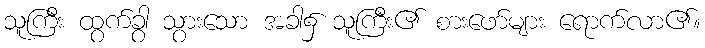
သူကြီး ထွက်ခွာ သွားသော အခါ၌ သူကြီး၏ စားဖော်များ ရောက်လာ၏။